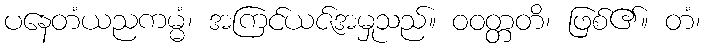
ပနေတံယညကမ္မံ၊ အကြင်ယဇ်အမှုသည်။ ဝဝတ္တတိ၊ ဖြစ်၏။ တံ၊